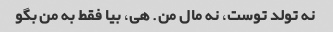
نه تولد توست، نه مال من. هی، بیا فقط به من بگو